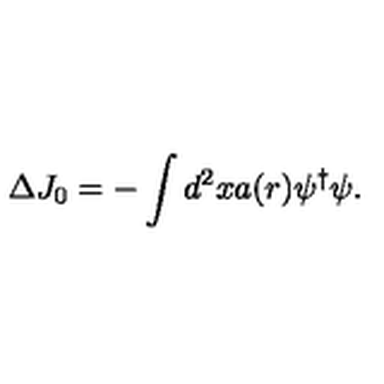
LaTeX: \Delta J _ { 0 } = - \int d ^ { 2 } x a ( r ) \psi ^ { \dagger } \psi .